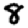
Digit: 8